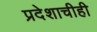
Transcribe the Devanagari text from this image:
प्रदेशाचीही